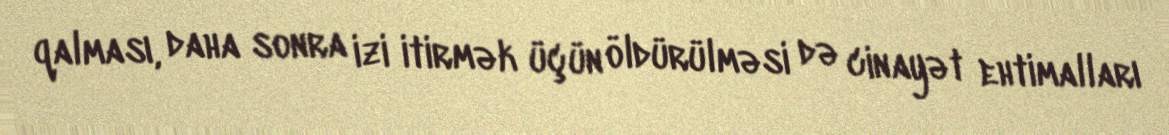
qalması, daha sonra izi itirmək üçün öldürülməsi də cinayət ehtimalları